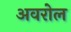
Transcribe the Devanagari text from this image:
अवरोल